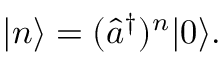
| n \rangle = ( { \hat { a } } ^ { \dagger } ) ^ { n } | 0 \rangle .